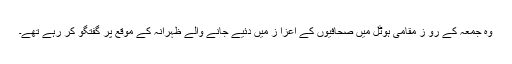
وہ جمعہ کے رو ز مقامی ہوٹل میں صحافیوں کے اعزا ز میں دئیے جانے والے ظہرانہ کے موقع پر گفتگو کر رہے تھے۔